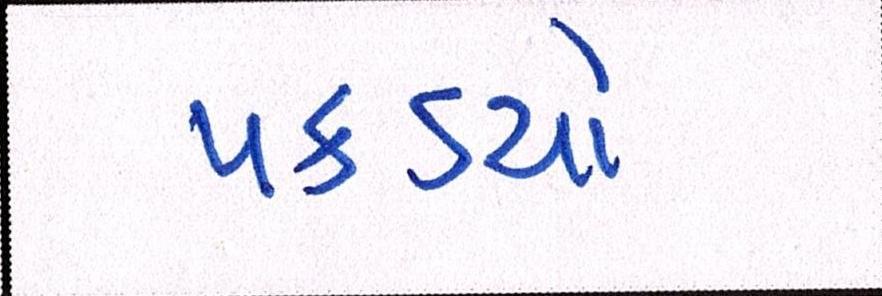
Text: પકડયો